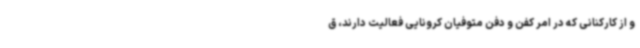
و از کارکنانی که در امر کفن و دفن متوفیان کرونایی فعالیت دارند، ق